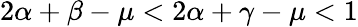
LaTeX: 2\alpha+\beta-\mu<2\alpha+\gamma-\mu<1